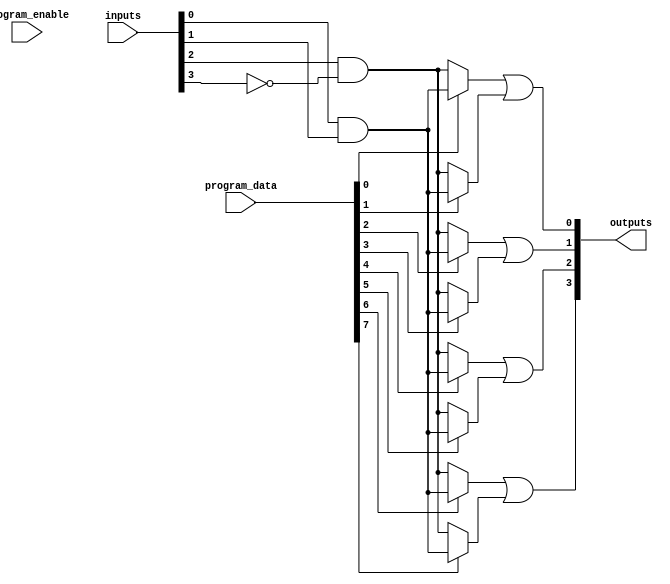
module FlashProgrammablePAL (
    input wire [N-1:0] inputs,       // N input lines
    input wire [M-1:0] program_data, // M programming bits for AND gates
    input wire program_enable,        // Enable signal for programming mode
    output wire [P-1:0] outputs       // P output lines
);
    parameter N = 8; // Number of input lines
    parameter M = 16; // Number of AND gates
    parameter P = 4;  // Number of output lines

    // Internal signals for AND gate outputs
    wire [M-1:0] and_outputs;

    // Programmable AND array
    genvar i;
    generate
        for (i = 0; i < M; i = i + 1) begin : and_array
            // Each AND gate can be programmed based on the program_data
            assign and_outputs[i] = (program_data[i] == 1'b1) ? 
                (inputs[0] & inputs[1]) :  // Example: AND gate for specific inputs
                (inputs[2] & ~inputs[3]);  // Example: AND gate for specific inputs
        end
    endgenerate

    // Fixed OR array
    assign outputs[0] = and_outputs[0] | and_outputs[1]; // Example OR logic
    assign outputs[1] = and_outputs[2] | and_outputs[3]; // Example OR logic
    assign outputs[2] = and_outputs[4] | and_outputs[5]; // Example OR logic
    assign outputs[3] = and_outputs[6] | and_outputs[7]; // Example OR logic

    // Control logic for programming (simplified)
    always @(posedge program_enable) begin
        // Logic to handle programming and reprogramming of the AND gates
        // This would typically involve writing to flash memory cells
        // For simulation purposes, this is abstracted
    end

endmodule